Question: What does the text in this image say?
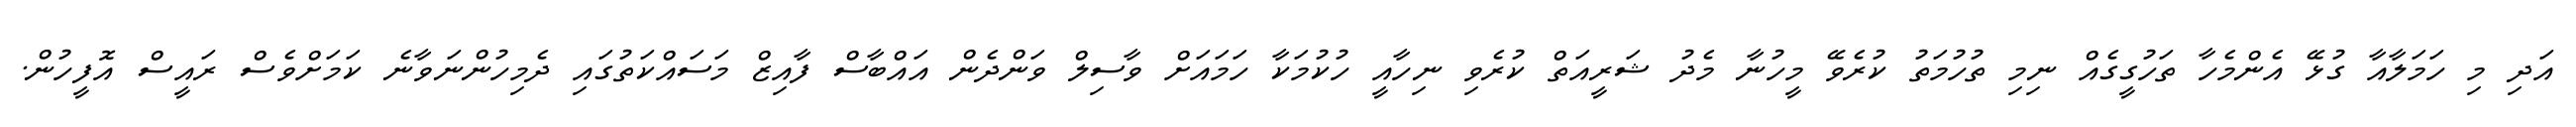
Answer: އަދި މި ހަމަލާއާ ގުޅޭ އެންމެހާ ތަހުގީގެއް ނިމި ތުހުމަތު ކުރެވޭ މީހުނާ މެދު ޝަރީއަތް ކުރެވި ނިހާއީ ހުކުމަކާ ހަމައަށް ވާސިލް ވަންދެން އައްބާސް ފާއިޒް މަސައްކަތުގައި ދެމިހުންނަވާނެ ކަމަށްވެސް ރައީސް އޮފީހުން.